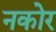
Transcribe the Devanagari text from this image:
नकोर